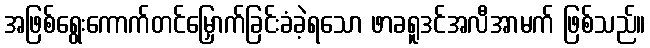
အဖြစ်ရွေးကောက်တင်မြှောက်ခြင်းခံခဲ့ရသော ဖာခရူဒင်အလီအာမက် ဖြစ်သည်။